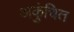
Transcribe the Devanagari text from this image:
अकुंचित